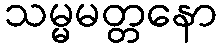
သမ္မမတ္တနော